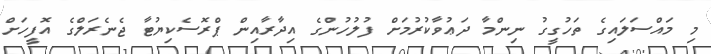
މި މައްސަލައިގެ ތަހުގީގު ނިންމާ ދަޢުވާކުރުމަށް ފުލުހުންގެ އިދާރާއިން ޕްރޮސެކިޔުޓާ ޖެނެރަލްގެ އޮފީހަށް